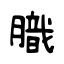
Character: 膱